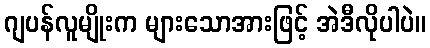
ဂျပန်လူမျိုးက များသောအားဖြင့် အဲဒီလိုပါပဲ။